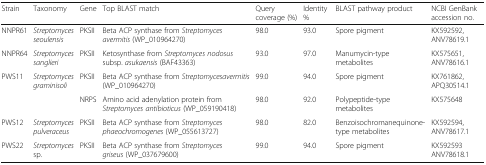
| Strain | Taxonomy | Gene | Top BLAST match | Query coverage (%) | Identity % | BLAST pathway product | NCBI GenBank accession no. |
 | --- | --- | --- | --- | --- | --- | --- | --- |
 | NNPR61 | Streptomyces seoulensis | PKSII | Beta ACP synthase from Streptomyces avermitis (WP_010964270) | 98.0 | 93.0 | Spore pigment | KX592592,ANV78619.1 |
 | NNPR64 | Streptomyces sanglieri | PKSII | Ketosynthase from Streptomyces nodosus subsp. asukaensis (BAF43363) | 93.0 | 97.0 | Manumycin-type metabolites | KX575651,ANV78616.1 |
 | PWS11 | Streptomyces graminisoli | PKSII | Beta ACP synthase from Streptomycesavermitis (WP_010964270) | 99.0 | 94.0 | Spore pigment | KX761862,APQ30514.1 |
 |  |  | NRPS | Amino acid adenylation protein from Streptomyces antibioticus (WP_059190418) | 98.0 | 92.0 | Polypeptide-type metabolites | KX575648 |
 | PWS12 | Streptomyces pulveraceus | PKSII | Beta ACP synthase from Streptomyces phaeochromogenes (WP_055613727) | 98.0 | 82.0 | Benzoisochromanequinone-type metabolites | KX592594,ANV78617.1 |
 | PWS22 | Streptomyces sp. | PKSII | Beta ACP synthase from Streptomyces griseus (WP_037679600) | 99.0 | 94.0 | Spore pigment | KX592593ANV78618.1 |